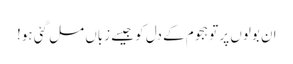
ان بولوں پر تو ہجوم کے دل کو جیسے زباں مل گئی ہو!